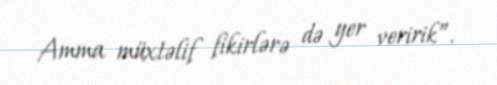
Amma müxtəlif fikirlərə də yer veririk”.